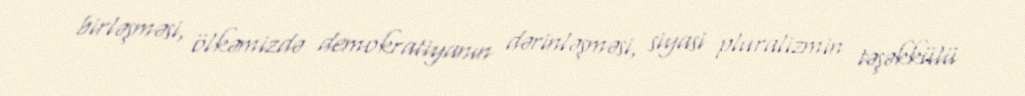
birləşməsi, ölkəmizdə demokratiyanın dərinləşməsi, siyasi pluralizmin təşəkkülü